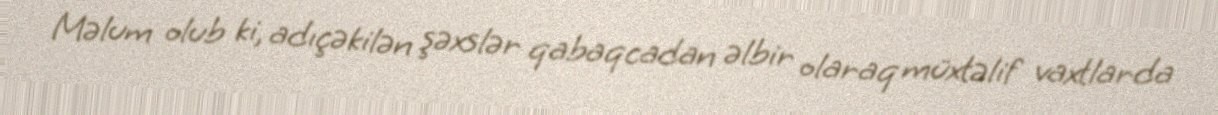
Məlum olub ki, adıçəkilən şəxslər qabaqcadan əlbir olaraq müxtəlif vaxtlarda